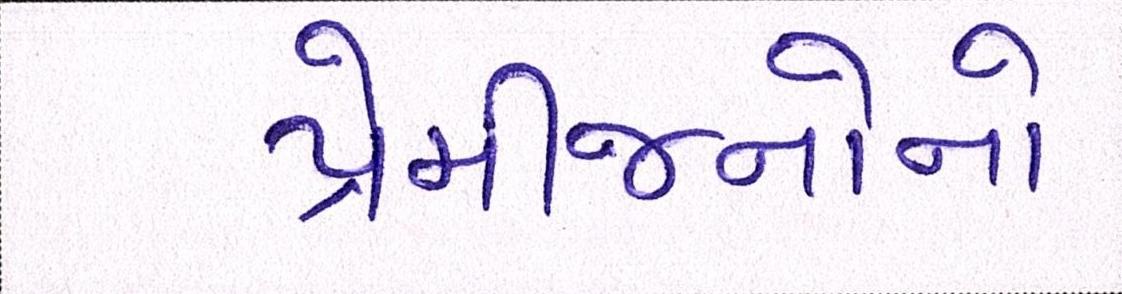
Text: પ્રેમીજનોનો